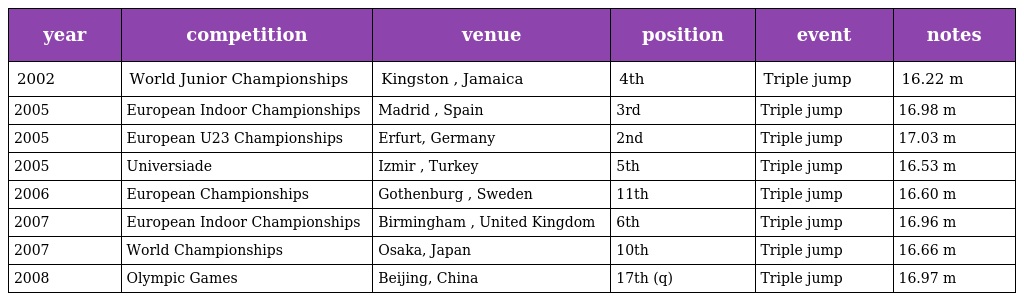
| year | competition | venue | position | event | notes |
 | --- | --- | --- | --- | --- | --- |
 | 2002 | World Junior Championships | Kingston , Jamaica | 4th | Triple jump | 16.22 m |
 | 2005 | European Indoor Championships | Madrid , Spain | 3rd | Triple jump | 16.98 m |
 | 2005 | European U23 Championships | Erfurt, Germany | 2nd | Triple jump | 17.03 m |
 | 2005 | Universiade | Izmir , Turkey | 5th | Triple jump | 16.53 m |
 | 2006 | European Championships | Gothenburg , Sweden | 11th | Triple jump | 16.60 m |
 | 2007 | European Indoor Championships | Birmingham , United Kingdom | 6th | Triple jump | 16.96 m |
 | 2007 | World Championships | Osaka, Japan | 10th | Triple jump | 16.66 m |
 | 2008 | Olympic Games | Beijing, China | 17th (q) | Triple jump | 16.97 m |